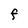
Character: F